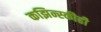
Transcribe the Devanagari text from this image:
कझिन्स्कीही